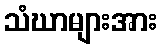
သံဃာများအား